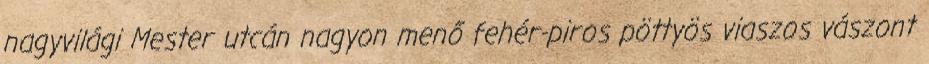
nagyvilági Mester utcán nagyon menő fehér-piros pöttyös viaszos vászont